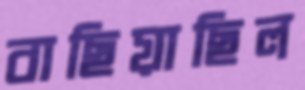
বাছিয়াছিল